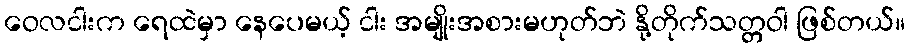
ဝေလငါးက ရေထဲမှာ နေပေမယ့် ငါး အမျိုးအစားမဟုတ်ဘဲ နို့တိုက်သတ္တဝါ ဖြစ်တယ်။